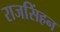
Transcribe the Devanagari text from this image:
राजसिंहन